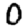
Digit: 0